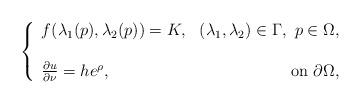
LaTeX: \begin{align*} \left\{ \begin{array}{lrc} f(\lambda_1(p),\lambda_2(p))=K, & (\lambda_1, \lambda_2)\in\Gamma, \, \, p\in \Omega,\\ \\ \frac{\partial u}{\partial \nu} = h e^\rho, & \textrm{ on } \partial \Omega, \end{array} \right. \end{align*}